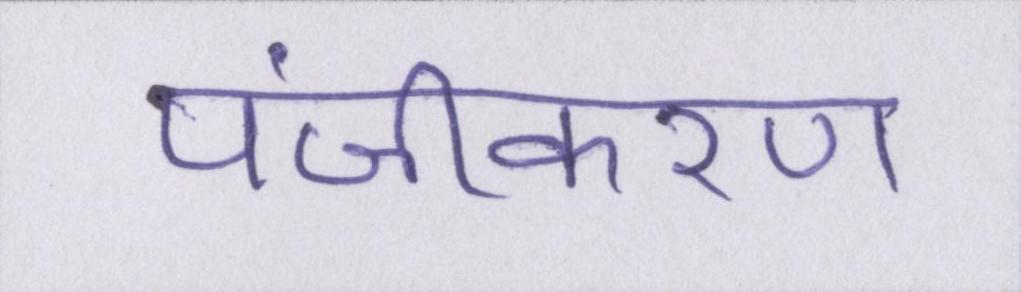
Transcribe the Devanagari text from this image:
पंजीकरण